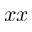
x x